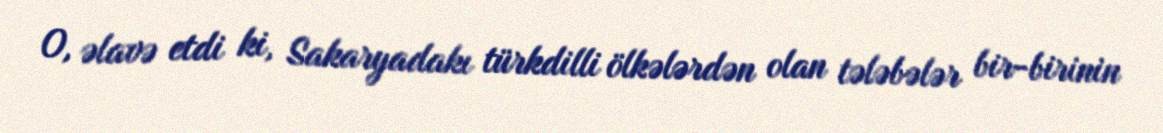
O, əlavə etdi ki, Sakaryadakı türkdilli ölkələrdən olan tələbələr bir-birinin